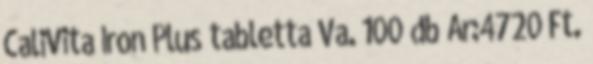
CaliVita Iron Plus tabletta Va. 100 db Ár:4720 Ft.